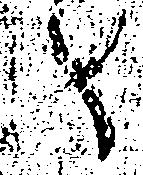
へ